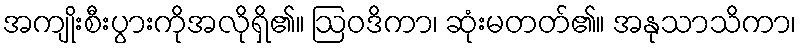
အကျိုးစီးပွားကိုအလိုရှိ၏။ ဩဝဒိကာ၊ ဆုံးမတတ်၏။ အနုသာသိကာ၊